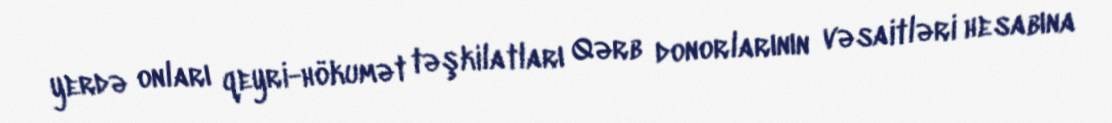
yerdə onları qeyri-hökumət təşkilatları Qərb donorlarının vəsaitləri hesabına